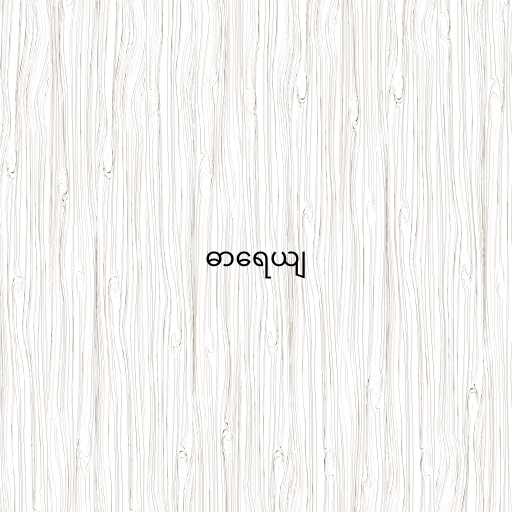
ဓာရေယျ